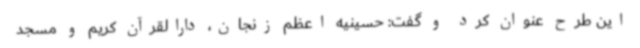
این طرح عنوان کرد و گفت: حسینیه اعظم زنجان، دارالقرآن کریم و مسجد